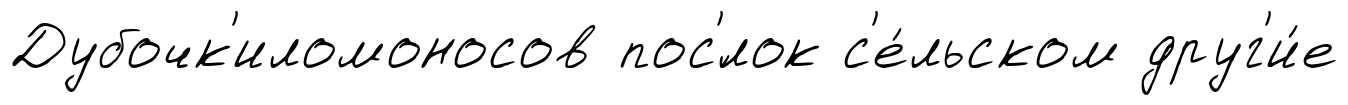
Дубочк'иломоносов пос'́лок с'е́льском друг'и́е